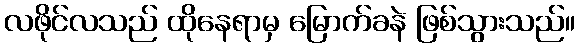
လဖိုင်လသည် ထိုနေရာမှ မြောက်ခနဲ ဖြစ်သွားသည်။